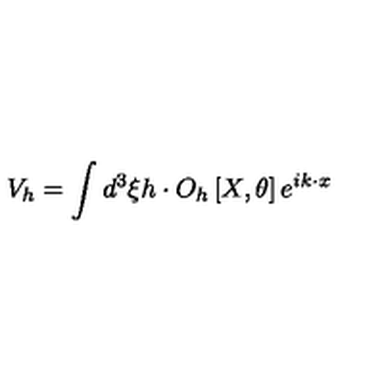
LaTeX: V _ { h } = \int d ^ { 3 } \xi h \cdot O _ { h } \left[ X , \theta \right] e ^ { i k \cdot x }